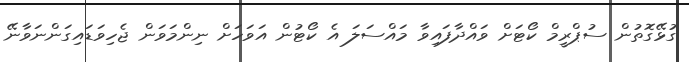
ގުޅޭގޮތުން ސުޕްރީމް ކޯޓަށް ވައްދާފައިވާ މައްސަލަ އެ ކޯޓުން އަވަހަށް ނިންމަވަން ޖެހިވަޑައިގަންނަވާނޭ